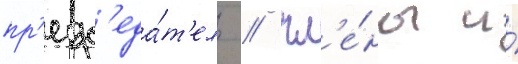
пр'едс'еда́т'ель / чл'е́ны и́